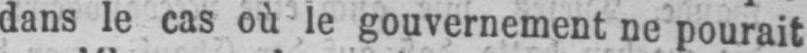
dans le cas où le gouvernement ne pourait